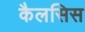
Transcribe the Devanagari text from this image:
कैलसिस